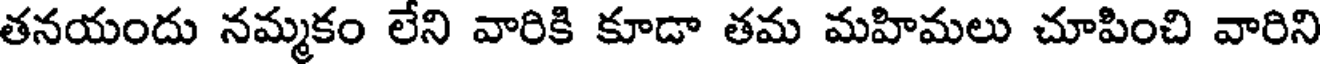
తనయందు నమ్మకం లేని వారికి కూడా తమ మహిమలు చూపించి వారిని